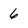
Character: 6